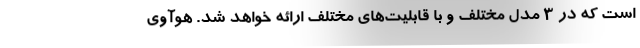
است که در 3 مدل مختلف و با قابلیت‌های مختلف ارائه خواهد شد. هوآوی